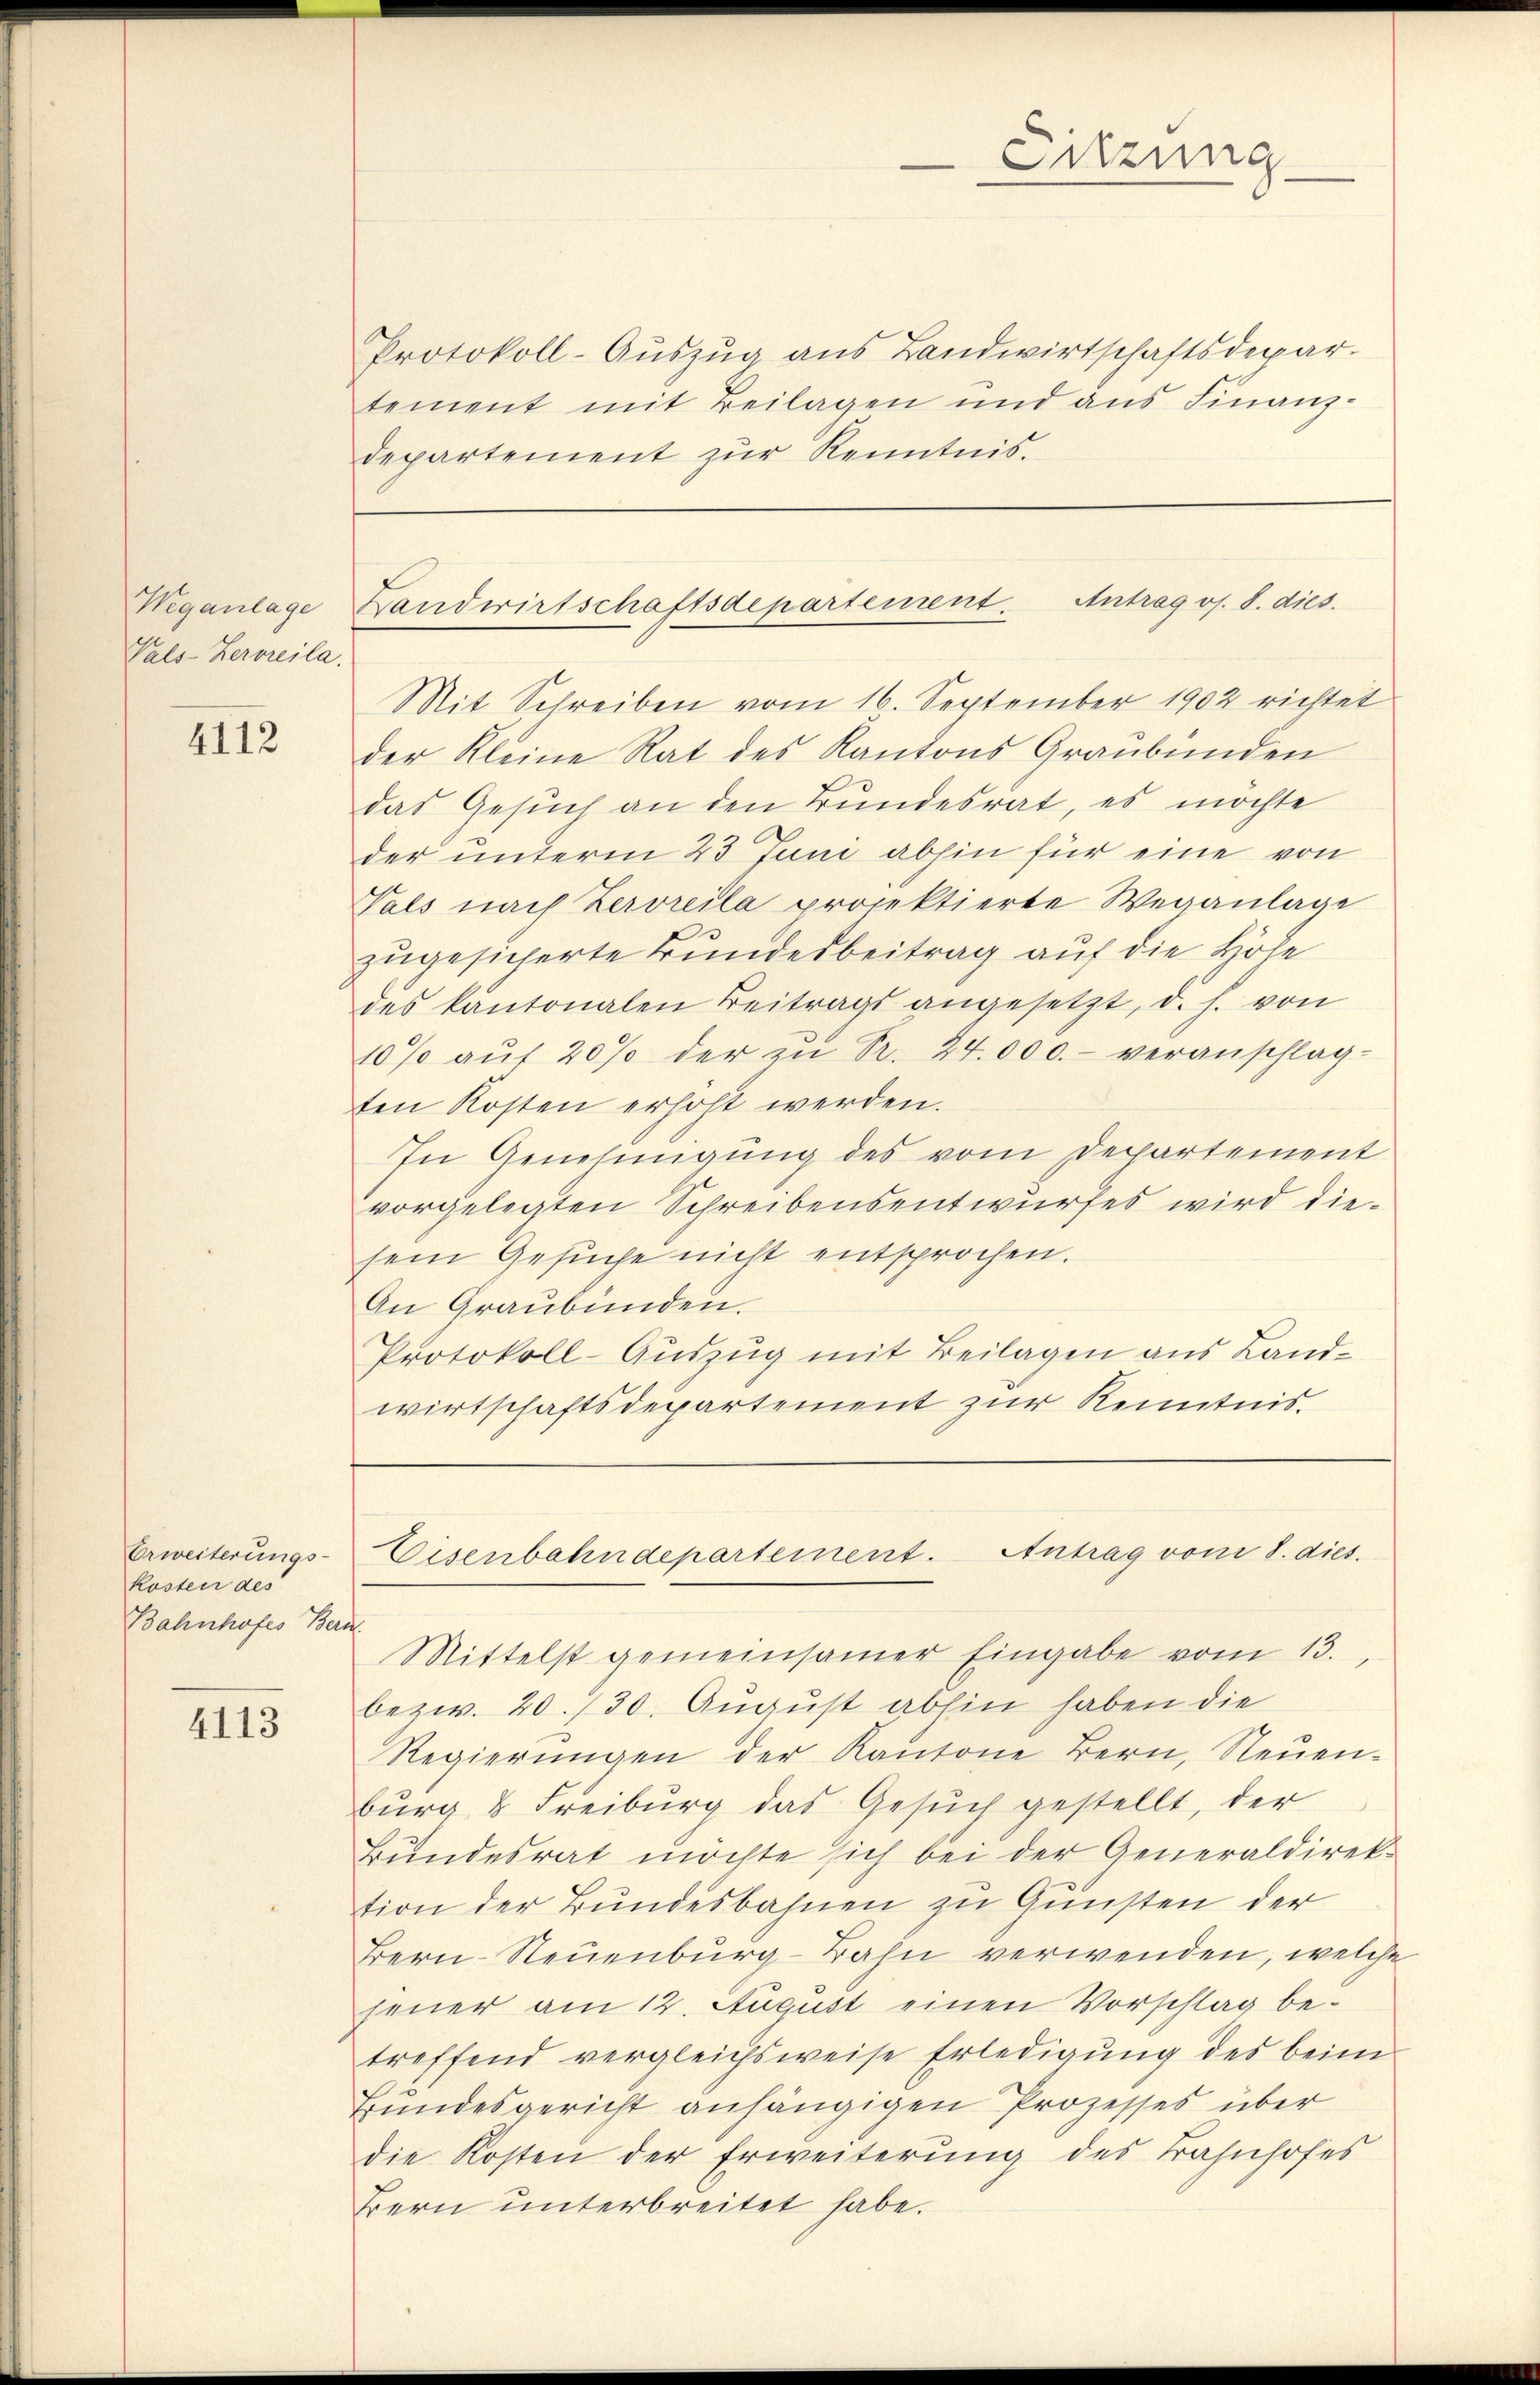
Weganlage
Vals-Herreila.

4112

Erweiterungs-
kosten des
Bahnhofes Beri

4113

Protokoll-Aŭszŭg aŭs Landwirtschaftsdepar
tement mit Beilagen und aus Finanz-
departement zŭr Kenntnis.

Mit Schreiben vom 16. September 1902 richtet
der Kleine Rat des Kantons Graubünden
das Gesuch an den Bundesrat, es möchte
der unterm 23 Juni abhin für eine von
Tals nach Zervreila projektierte Weganlage
zugesicherte Bundesbeitrag auf die Höhe
des kantonalen Beitrags angesetzt, d. h. von
10% aŭf 20% der zu R. 24.000.- veranschlag-
ten Kosten erhöht werden.
In Genehmigung des vom Departement
vorgelegten Schreibensentwurfes wird diesein Gesŭche nicht entsprochen.
An Graubünden.
Protokoll-Auszug mit Beilagen aus Landwirtschaftsdepartement zur Kenntnis.

Sitzung

Landwirtschaftsdepartement. Antrag os. S. dies

f
Mittelst gemeinsamer Eingabe vom 13.
bezw. 20. 730. August abhin haben die
Regierŭngen der Kantone Bern, Neuen-
burg & Freiburg das Gesŭch gestellt, der
Bundesrat möchte sich bei der Generaldirektion der Bundesbahnen zu Gunsten der
Bern-Neuenburg-Bahn verwenden, welche
jener am 12. August einen Vorschlag betreffend vergleichsweise Erledigung des beim
Bundesgericht anhängigen Prozesses über
die Kosten der Erweiterung des Bahnhofes
Bern unterbreitet habe.

Eisenbahndepartement. Antrag vom 8. dies